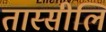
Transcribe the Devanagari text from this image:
तास्सीलि